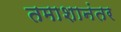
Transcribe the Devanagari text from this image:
तमाशानंतर